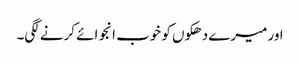
اور میرے دھکوں کو خوب انجوائے کرنے لگی۔